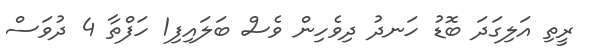
ރީތި އަލިގަދަ ބޮޑު ހަނދު ދިވެހިން ވެސް ބަލައިފި1 ހަފްތާ 4 ދުވަސް